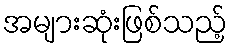
အများဆုံးဖြစ်သည့်